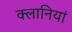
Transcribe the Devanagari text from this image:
क्लानियां